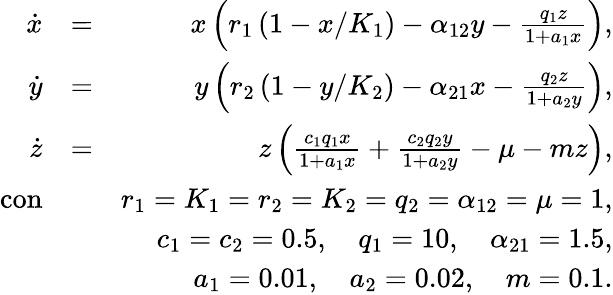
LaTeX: \begin{array}{rlr}{\dot{x}}&{=}&{x\left(r_{1}\left(1-x/K_{1}\right)-\alpha_{12}y-\frac{q_{1}z}{1+a_{1}x}\right),}\\ {\dot{y}}&{=}&{y\left(r_{2}\left(1-y/K_{2}\right)-\alpha_{21}x-\frac{q_{2}z}{1+a_{2}y}\right),}\\ {\dot{z}}&{=}&{z\left(\frac{c_{1}q_{1}x}{1+a_{1}x}+\frac{c_{2}q_{2}y}{1+a_{2}y}-\mu-mz\right),}\\ {\mathrm{con}}&{}&{r_{1}=K_{1}=r_{2}=K_{2}=q_{2}=\alpha_{12}=\mu=1,}\\ &{}&{c_{1}=c_{2}=0.5,\quad q_{1}=10,\quad\alpha_{21}=1.5,}\\ &{}&{a_{1}=0.01,\quad a_{2}=0.02,\quad m=0.1.}\end{array}